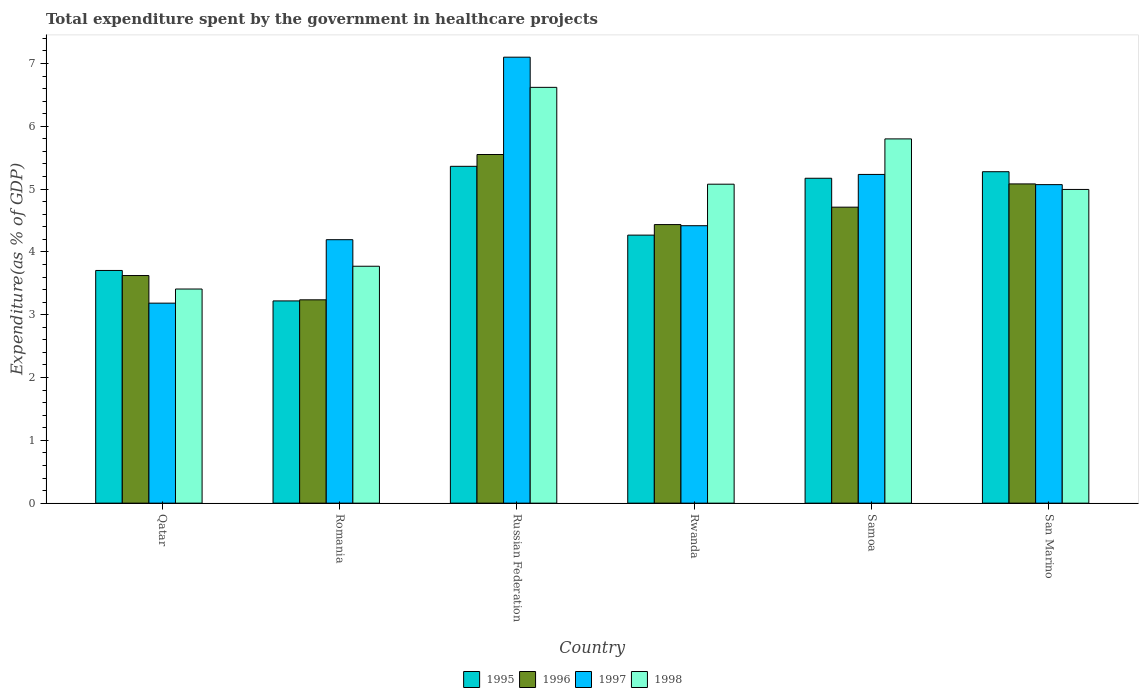
| Country | 1995 | 1996 | 1997 | 1998 |
 | --- | --- | --- | --- | --- |
 | Qatar | 3.7 | 3.62 | 3.18 | 3.41 |
 | Romania | 3.22 | 3.24 | 4.19 | 3.77 |
 | Russian Federation | 5.36 | 5.55 | 7.1 | 6.62 |
 | Rwanda | 4.27 | 4.44 | 4.42 | 5.08 |
 | Samoa | 5.17 | 4.71 | 5.23 | 5.8 |
 | San Marino | 5.28 | 5.08 | 5.07 | 4.99 |